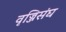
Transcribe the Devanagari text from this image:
वृज्जिसंघ